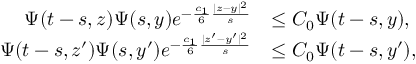
\begin{array} { r l } { \Psi ( t - s , z ) \Psi ( s , y ) e ^ { - \frac { c _ { 1 } } { 6 } \frac { | z - y | ^ { 2 } } { s } } } & { \le C _ { 0 } \Psi ( t - s , y ) , } \\ { \Psi ( t - s , z ^ { \prime } ) \Psi ( s , y ^ { \prime } ) e ^ { - \frac { c _ { 1 } } { 6 } \frac { | z ^ { \prime } - y ^ { \prime } | ^ { 2 } } { s } } } & { \le C _ { 0 } \Psi ( t - s , y ^ { \prime } ) , } \end{array}